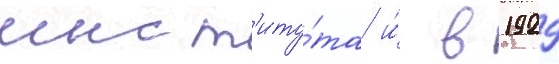
инст'иту́та и́ в 1929